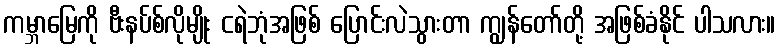
ကမ္ဘာမြေကို ဗီးနပ်စ်လိုမျိုး ငရဲဘုံအဖြစ် ပြောင်းလဲသွားတာ ကျွန်တော်တို့ အဖြစ်ခံနိုင် ပါသလား။